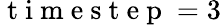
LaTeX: \mathrm{~t~i~m~e~s~t~e~p~}=3